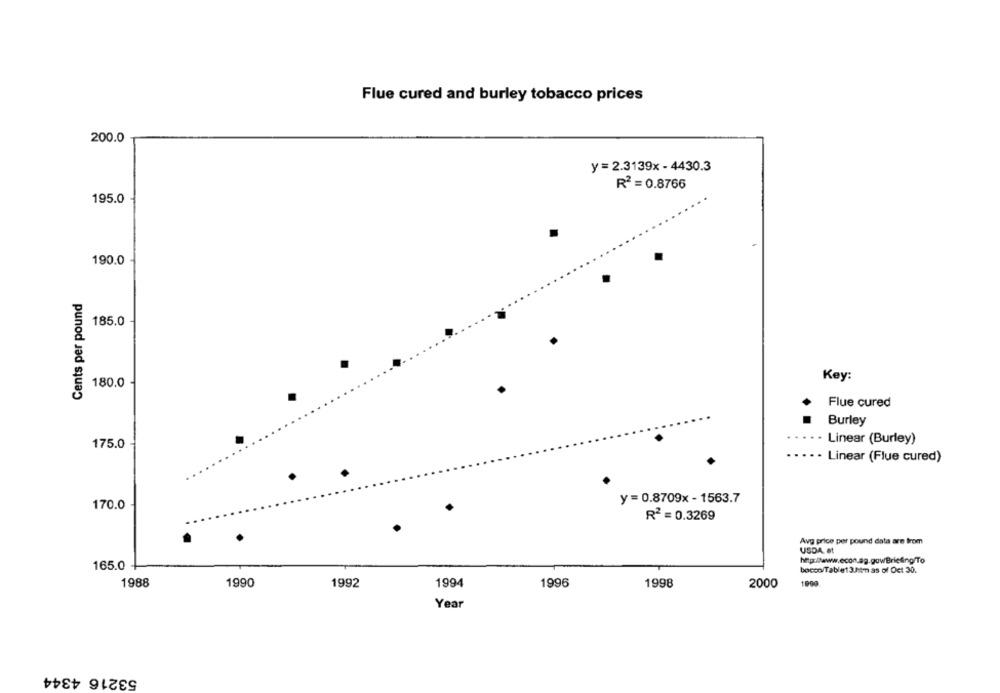
Flue cured and burley tobacco prices
200.0
y =2.3139x-4430.3
R2 = 0.8766
195.0
190.0
Cents per pound
185.0
Key:
180.0
Flue cured
Burley
Linear (Burley)
175.0
Linear (Flue cured)
y = 0.8709x-1563.7
170.0
R2 = 0.3269
Avg price per pound data are from
USDA. et
165.0
bocon/Table13.hit- as of Oct 30.
1994
1900
1988
1990
1992
1996
1998
2000
Year
53216 4344